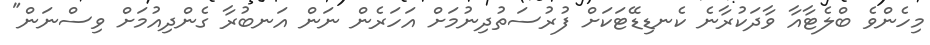
މިހެންވެ ބްލެޓާއާ ވާދަކުރާނެ ކެނޑިޑޭޓަކަށް ފުރުސަތުދިނުމަށް އަހަރެން ނަން އަނބުރާ ގެންދިއުމަށް ވިސްނަން"